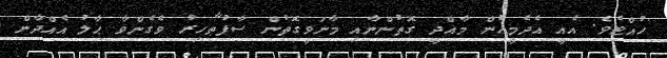
ހުއްޓެވެ. އެއީ އެދެމީހުން މާއްދީ ގޮތުންނާއި މާނަވީގޮތުން ސާފުޠާހިރު ވެގެންވާ ޙާލު އެއްދާން